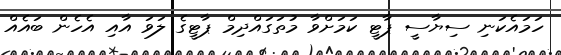
ހަމައެކަނި ސިޔާސީ ޕާޓީ ކަމަށްވާ މުތަގައްދިމް ޕާޓީގެ ލަވަ އާއި އެހެން ބައެއް